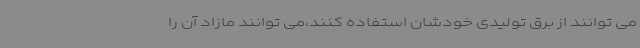
می توانند از برق تولیدی خودشان استفاده کنند،می توانند مازاد آن را